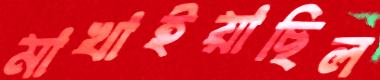
মাখাইয়াছিল